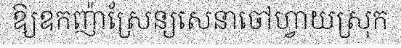
ឱ្យឧកញ៉ាស្រែន្យសេនាចៅហ្វាយស្រុក